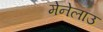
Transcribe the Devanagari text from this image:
मेनेलाउ